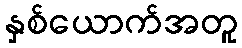
နှစ်ယောက်အတူ